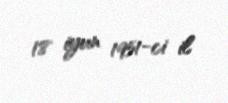
18 iyun 1951-ci il